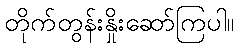
တိုက်တွန်းနှိုးဆော်ကြပါ။